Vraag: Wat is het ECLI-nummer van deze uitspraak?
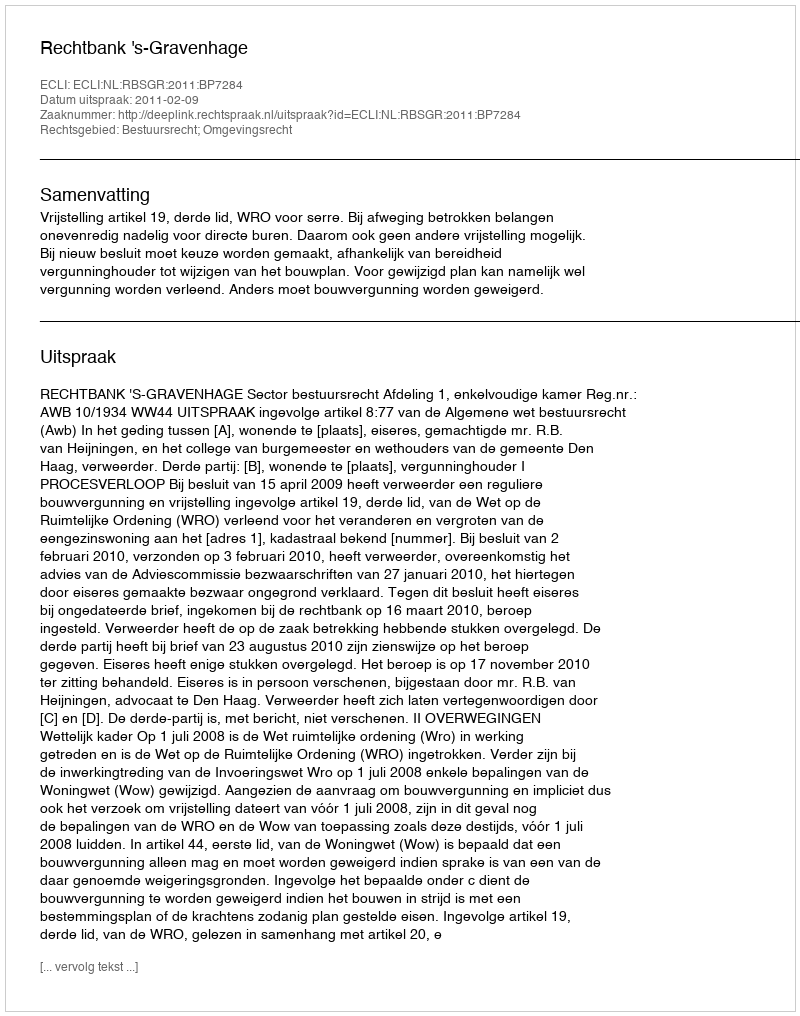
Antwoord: ECLI:NL:RBSGR:2011:BP7284